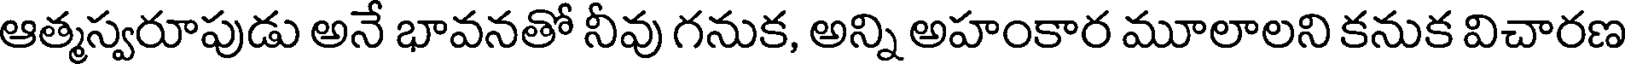
ఆత్మస్వరూపుడు అనే భావనతో నీవు గనుక, అన్ని అహంకార మూలాలని కనుక విచారణ